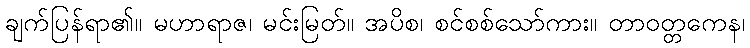
ချက်ပြန်ရာ၏။ မဟာရာဇ၊ မင်းမြတ်။ အပိစ၊ စင်စစ်သော်ကား။ တာဝတ္တကေန၊